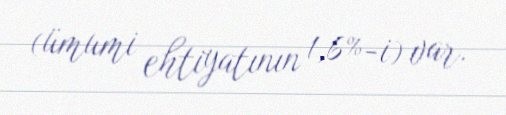
(ümumi ehtiyatının 1,6%-i) var.